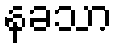
နခသာ